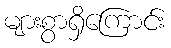
များစွာရှိကြောင်း